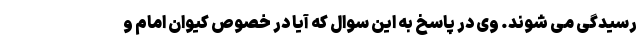
رسیدگی می شوند. وی در پاسخ به این سوال که آیا در خصوص کیوان امام و